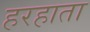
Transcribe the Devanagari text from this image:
हरहाता